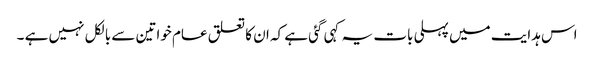
اس ہدایت میں پہلی بات یہ کہی گئی ہے کہ ان کا تعلق عام خواتین سے بالکل نہیں ہے ۔